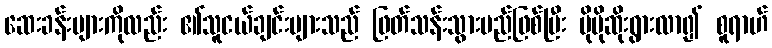
ဆေးခန်းများကိုလည်း ၏သူငယ်ချင်းများသည် ဖြတ်သန်းသွားမည်ဖြစ်ပြီး ပိုမိုဆိုးရွားလာ၍ စူရာဟ်